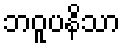
ဘဝူပနိသာ